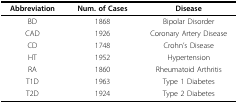
<table><thead><tr><td><b>Abbreviation</b></td><td><b>Num. of Cases</b></td><td><b>Disease</b></td></tr></thead><tbody><tr><td>BD</td><td>1868</td><td>Bipolar Disorder</td></tr><tr><td>CAD</td><td>1926</td><td>Coronary Artery Disease</td></tr><tr><td>CD</td><td>1748</td><td>Crohn&#x27;s Disease</td></tr><tr><td>HT</td><td>1952</td><td>Hypertension</td></tr><tr><td>RA</td><td>1860</td><td>Rheumatoid Arthritis</td></tr><tr><td>T1D</td><td>1963</td><td>Type 1 Diabetes</td></tr><tr><td>T2D</td><td>1924</td><td>Type 2 Diabetes</td></tr></tbody></table>